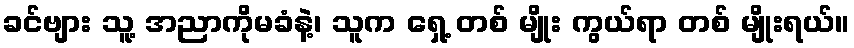
ခင်ဗျား သူ့ အညာကိုမခံနဲ့၊ သူက ရှေ့ တစ် မျိုး ကွယ်ရာ တစ် မျိုးရယ်။